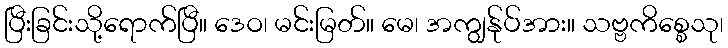
ပြီးခြင်းသို့ရောက်ပြီ။ ဒေဝ၊ မင်းမြတ်။ မေ၊ အကျွန်ုပ်အား။ သဗ္ဗကိစ္စေသု၊